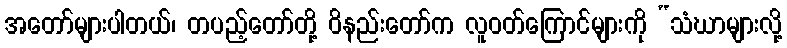
အတော်များပါတယ်၊ တပည့်တော်တို့ ဝိနည်းတော်က လူဝတ်ကြောင်များကို “သံဃာများလို့